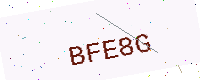
Text: BFE8G